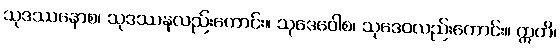
သုဒဿနောစ၊ သုဒဿနလည်းကောင်း။ သုဒေဝေါစ၊ သုဒေဝလည်းကောင်း။ ဣတိ၊